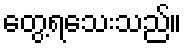
တွေ့ရသေးသည်။